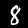
Digit: 8